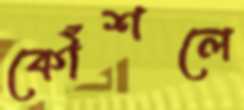
কৌঁশলে